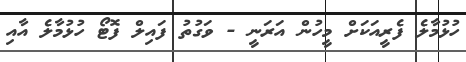
ހުޅުމާލެ ފެރީއަކަށް މީހުން އަރަނީ - ވަގުތު ފައިލް ފޮޓޯ ހުޅުމާލެ އާއި